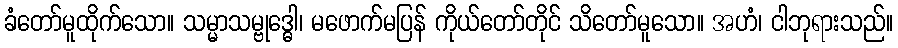
ခံတော်မူထိုက်သော။ သမ္မာသမ္ဗုဒ္ဓေါ၊ မဖောက်မပြန် ကိုယ်တော်တိုင် သိတော်မူသော။ အဟံ၊ ငါဘုရားသည်။